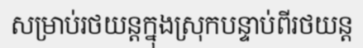
សម្រាប់រថយន្តក្នុងស្រុកបន្ទាប់ពីរថយន្ត